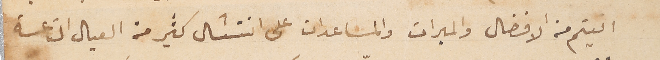
اتيتم من الافضال والمبرات والمساعدات على انتشال كثير من العيال التاعسة